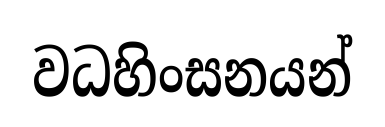
වධහිංසනයන්